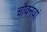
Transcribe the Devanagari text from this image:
चौवनवां